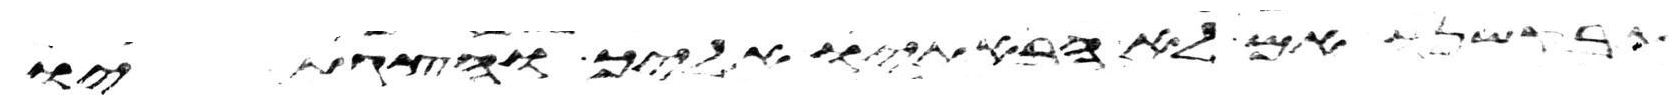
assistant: אם לא הבאתיו אליך והצגתיו